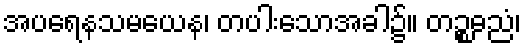
အပရေနသမယေန၊ တပါးသောအခါ၌။ တဉ္စဓညံ၊